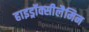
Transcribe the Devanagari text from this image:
हाइड्रॉक्सीलैमिन